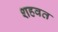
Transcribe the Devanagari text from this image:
शहवत